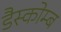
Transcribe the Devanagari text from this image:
डैस्कोम्ब